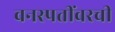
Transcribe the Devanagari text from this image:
वनस्पतींवरची